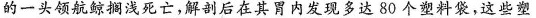
的一头领航鲸搁浅死亡，解剖后在其胃内发现多达80个塑料袋，这些塑